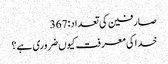
صارفین کی تعداد:367
خدا کی معرفت کیوں ضروری ہے؟